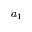
a _ { 1 }